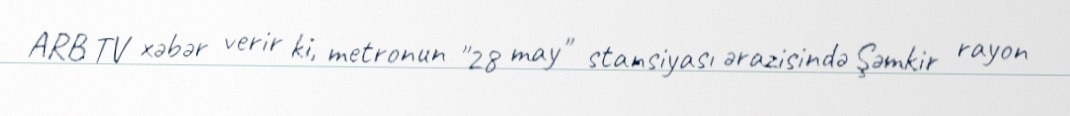
ARB TV xəbər verir ki, metronun "28 may" stansiyası ərazisində Şəmkir rayon